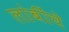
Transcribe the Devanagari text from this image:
लांबींचे